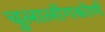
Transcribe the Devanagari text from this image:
चुलालोंगकोर्ण